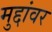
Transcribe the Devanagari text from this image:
मुद्दांवर